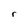
Character: r